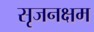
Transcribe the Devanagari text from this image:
सृजनक्षम